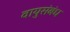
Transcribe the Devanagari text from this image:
वायुसंबंध